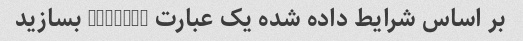
بر اساس شرایط داده شده یک عبارت if-else بسازید